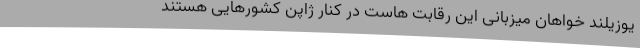
یوزیلند خواهان میزبانی این رقابت هاست در کنار ژاپن کشورهایی هستند